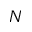
N